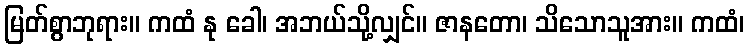
မြတ်စွာဘုရား။ ကထံ နု ခေါ၊ အဘယ်သို့လျှင်။ ဇာနတော၊ သိသောသူအား။ ကထံ၊